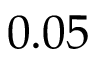
0 . 0 5